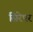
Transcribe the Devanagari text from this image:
सिरेपर